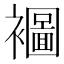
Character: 𮖾